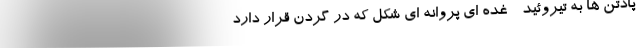
پادتن ها به تیروئید - غده ای پروانه ای شکل که در گردن قرار دارد -